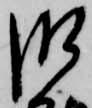
肝